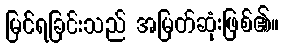
မြင်ရခြင်းသည် အမြတ်ဆုံးဖြစ်၏။